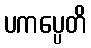
ပကပ္ပေတိ